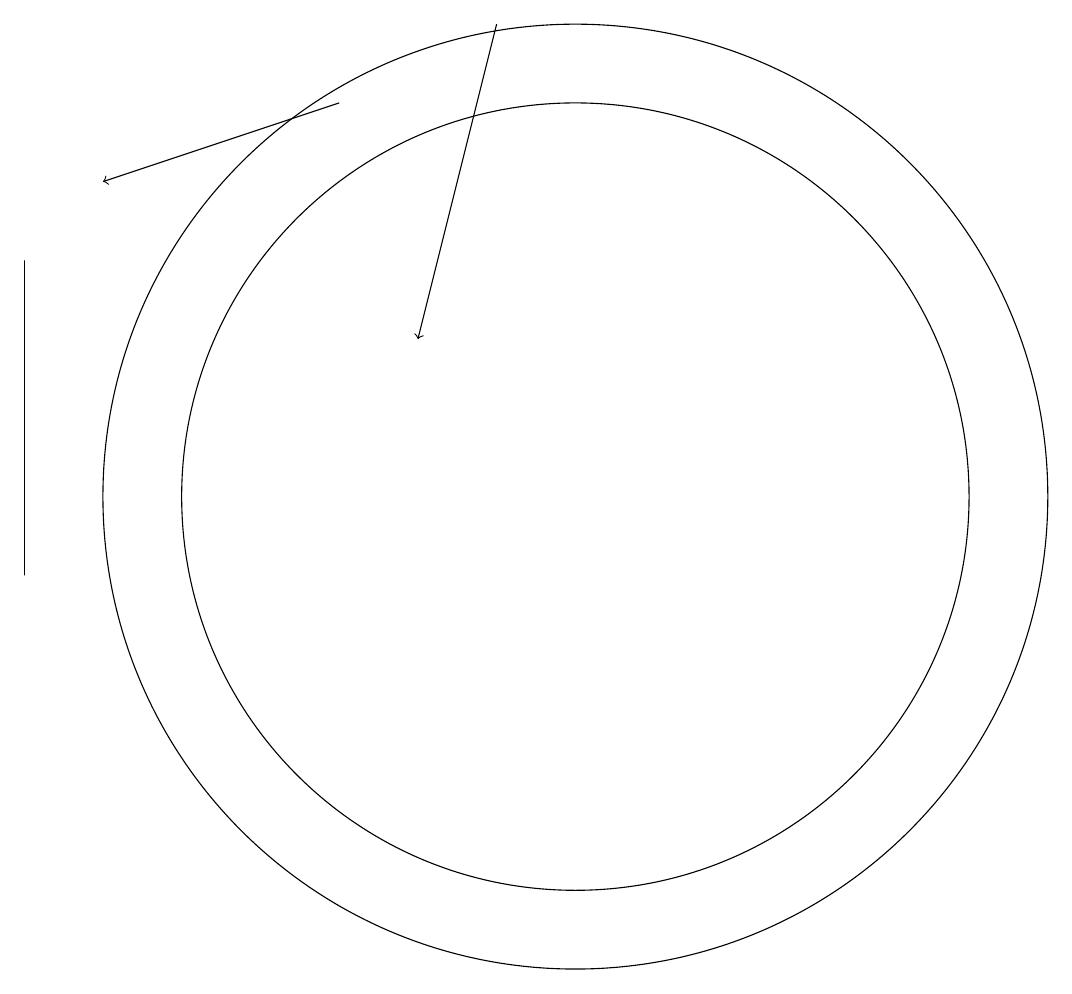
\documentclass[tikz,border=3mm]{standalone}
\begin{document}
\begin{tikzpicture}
\draw (3,14) rectangle (3,10);
\draw[->] (9,17) -- (8,13);
\draw (10,11) circle (5);
\draw[->] (7,16) -- (4,15);
\draw (10,11) circle (6);
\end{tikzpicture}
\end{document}